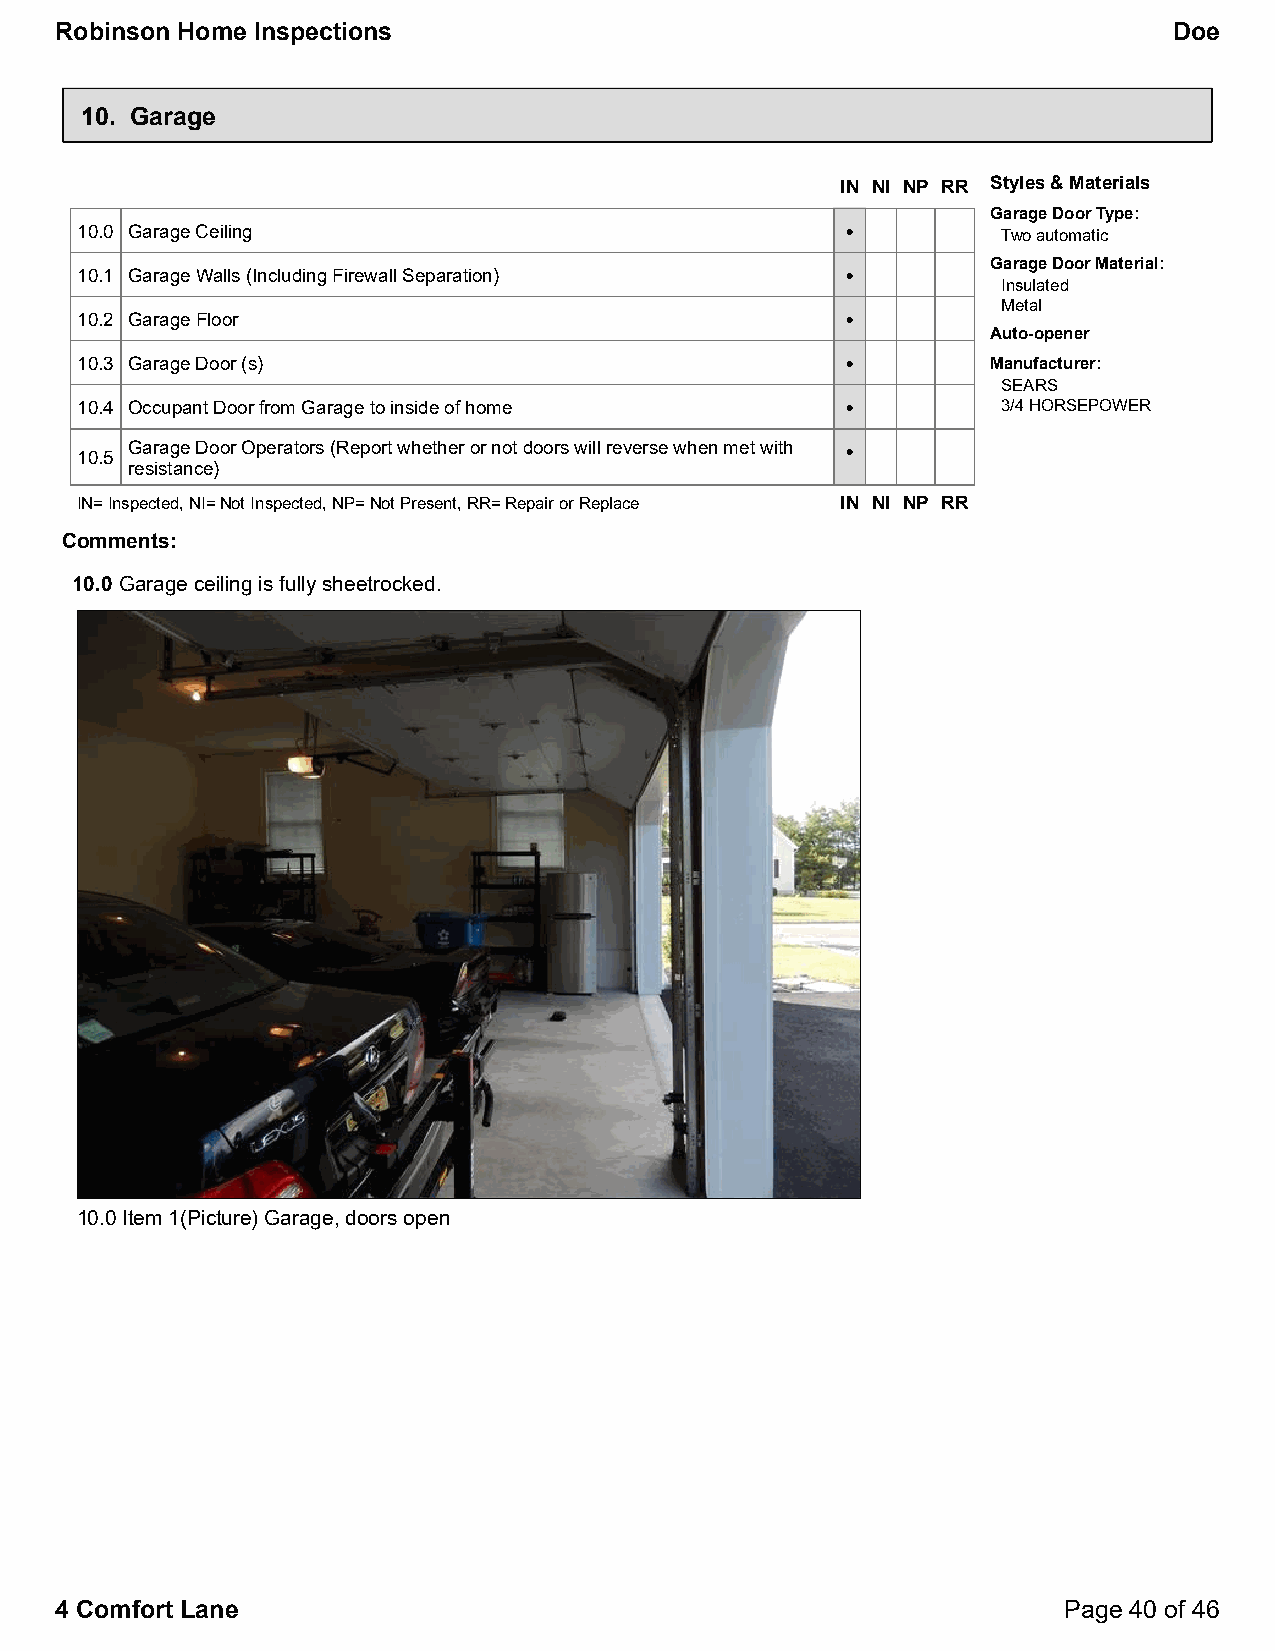
Robinson Home Inspections                                                 Doe
 10. Garage
 IN NI NP RR Styles & Materials
 Garage Door Type:
 10.0 Garage Ceiling                                •         Two automatic
 Garage Door Material:
 10.1 Garage Walls (Including Firewall Separation)  •
 Insulated
 Metal
 10.2 Garage Floor                                  •
 Auto-opener
 10.3 Garage Door (s)                               •         Manufacturer:
 SEARS
 10.4 Occupant Door from Garage to inside of home   •         3/4 HORSEPOWER
 Garage Door Operators (Report whether or not doors will reverse when met with •
 10.5
 resistance)
 IN=Inspected, NI=Not Inspected, NP=Not Present, RR=Repair or Replace IN NI NP RR
 Comments:
 10.0 Garage ceiling is fully sheetrocked.
 10.0 Item 1(Picture) Garage, doors open
 4 Comfort Lane                                                    Page 40 of 46